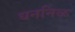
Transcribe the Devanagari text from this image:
धननिळ